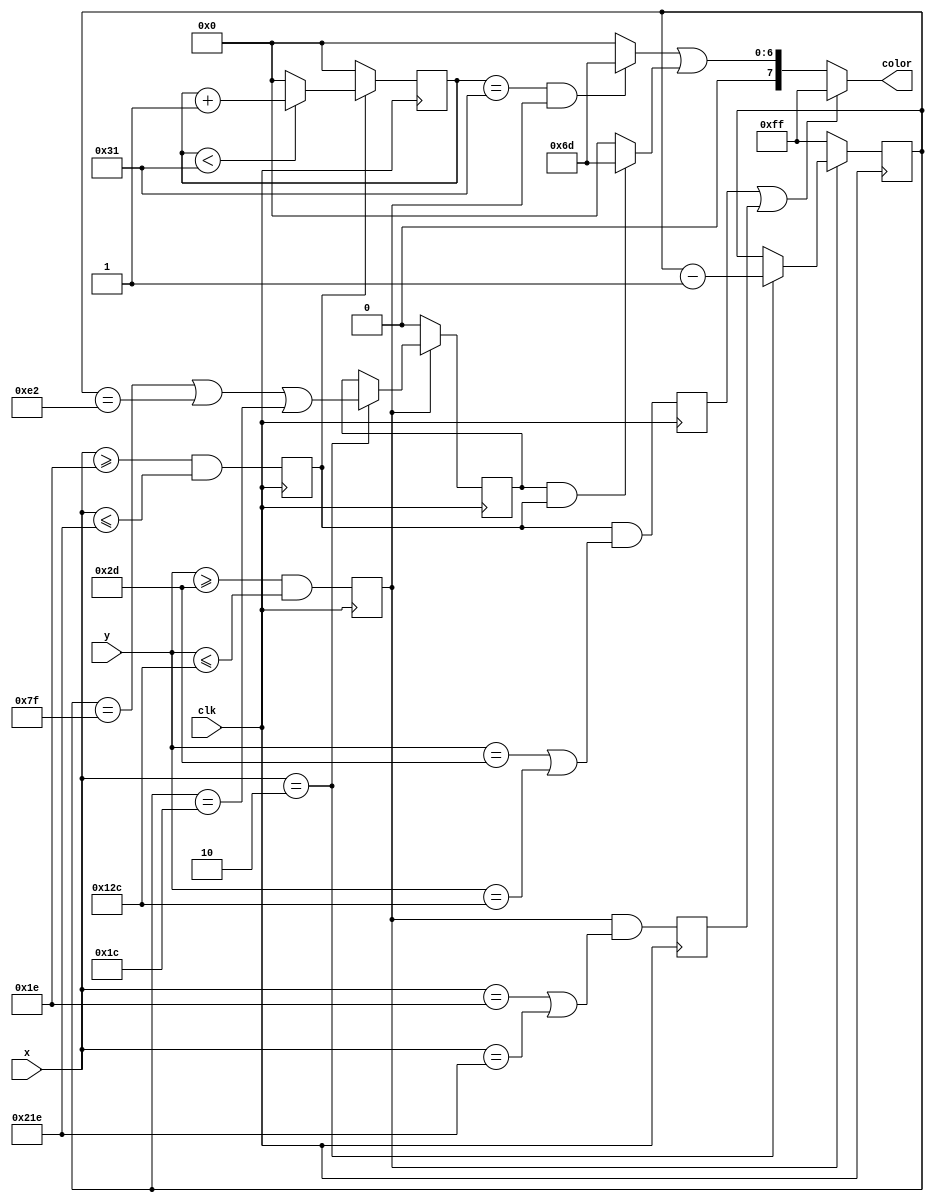
`timescale 1ns / 1ps
//////////////////////////////////////////////////////////////////////////////////
// Company: 
// Engineer: 
// 
// Design Name: 
// Module Name:    graph 
// Project Name: 
// Target Devices: 
// Tool versions: 
// Description: 
//
// Dependencies: 
//
// Revision: 
// Revision 0.01 - File Created
// Additional Comments: 
//
//////////////////////////////////////////////////////////////////////////////////
module graph(clk, x, y, color);
	input  clk;
	input  [9:0] x, y;
	output [7:0] color;
	
	parameter COLOR_GRAPH = 8'b11111111;
	parameter COLOR_GRID  = 8'b01101101;
	parameter COLOR_BKG   = 8'b00000000;
	
	parameter max_y_val = 255;
	parameter x_min = 30;
	parameter x_max = x_min + 512;
	parameter y_max = 300;
	parameter y_min = y_max - max_y_val;
	
	wire [7:0] graph_col, grid_hor, grid_ver;
	reg graph_hor, graph_ver;
	
	reg [7:0] yPos;
	reg [6:0] xGridCnt;
	reg [6:0] yGridCnt;
	
	reg xLimit;
	reg yLimit;
	reg yGrid;
	
	always @(posedge clk) begin
		xLimit    <= (x >= x_min && x <= x_max);
		yLimit    <= (y >= y_min && y <= y_max);
		graph_hor <= xLimit && (y == y_min || y == y_max);
		graph_ver <= yLimit && (x == x_min || x == x_max);
		
		if (xLimit == 1) begin
			xGridCnt <= (xGridCnt < 49) ? xGridCnt + 1 : 0;
		end
		else begin
			xGridCnt <= 0;
		end
			
		if (yLimit == 1) begin
			if (x == 2) begin
				yPos  <= yPos - 1;
				yGrid <= (yPos == 127) || (yPos == 226) || (yPos == 28); 
			end
		end
		else begin
			yPos  <= max_y_val;
			yGrid <= 0;
		end
	end
	
	assign grid_ver = (xGridCnt == 49 && yLimit == 1) ? COLOR_GRID : COLOR_BKG;
	assign grid_hor = (yGrid == 1     && xLimit == 1) ? COLOR_GRID : COLOR_BKG;
	
	assign color = (graph_hor || graph_ver) ? COLOR_GRAPH : grid_ver | grid_hor;

endmodule